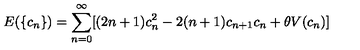
E ( \{ c _ { n } \} ) = \sum _ { n = 0 } ^ { \infty } [ ( 2 n + 1 ) c _ { n } ^ { 2 } - 2 ( n + 1 ) c _ { n + 1 } c _ { n } + \theta V ( c _ { n } ) ]